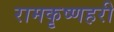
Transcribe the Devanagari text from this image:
रामकृष्णहरी